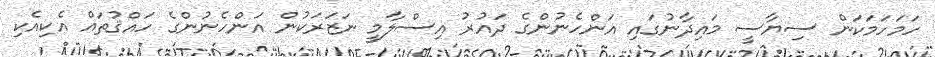
ހަމަހަމަކަން ސިޔާސީ މައިދާނުގައި އަންހެނުންގެ ދައުރު އިސްލާމީ ނަޒަރަކުން އަންހެނުންގެ ހައްޤުތައް އެކިއެކި